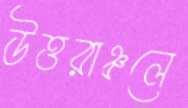
উত্তরাঞ্চলে